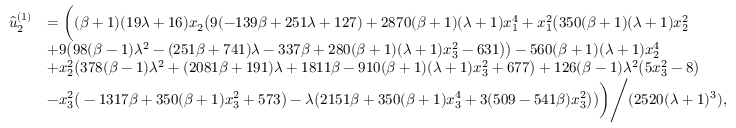
\begin{array} { r l } { \hat { u } _ { 2 } ^ { ( 1 ) } } & { = \bigg ( ( \beta + 1 ) ( 1 9 \lambda + 1 6 ) x _ { 2 } \big ( 9 ( - 1 3 9 \beta + 2 5 1 \lambda + 1 2 7 ) + 2 8 7 0 ( \beta + 1 ) ( \lambda + 1 ) x _ { 1 } ^ { 4 } + x _ { 1 } ^ { 2 } \big ( 3 5 0 ( \beta + 1 ) ( \lambda + 1 ) x _ { 2 } ^ { 2 } } \\ & { + 9 \big ( 9 8 ( \beta - 1 ) \lambda ^ { 2 } - ( 2 5 1 \beta + 7 4 1 ) \lambda - 3 3 7 \beta + 2 8 0 ( \beta + 1 ) ( \lambda + 1 ) x _ { 3 } ^ { 2 } - 6 3 1 \big ) \big ) - 5 6 0 ( \beta + 1 ) ( \lambda + 1 ) x _ { 2 } ^ { 4 } } \\ & { + x _ { 2 } ^ { 2 } \big ( 3 7 8 ( \beta - 1 ) \lambda ^ { 2 } + ( 2 0 8 1 \beta + 1 9 1 ) \lambda + 1 8 1 1 \beta - 9 1 0 ( \beta + 1 ) ( \lambda + 1 ) x _ { 3 } ^ { 2 } + 6 7 7 \big ) + 1 2 6 ( \beta - 1 ) \lambda ^ { 2 } \big ( 5 x _ { 3 } ^ { 2 } - 8 \big ) } \\ & { - x _ { 3 } ^ { 2 } \big ( - 1 3 1 7 \beta + 3 5 0 ( \beta + 1 ) x _ { 3 } ^ { 2 } + 5 7 3 \big ) - \lambda \big ( 2 1 5 1 \beta + 3 5 0 ( \beta + 1 ) x _ { 3 } ^ { 4 } + 3 ( 5 0 9 - 5 4 1 \beta ) x _ { 3 } ^ { 2 } \big ) \big ) \bigg ) \Bigg / ( 2 5 2 0 ( \lambda + 1 ) ^ { 3 } ) , } \end{array}